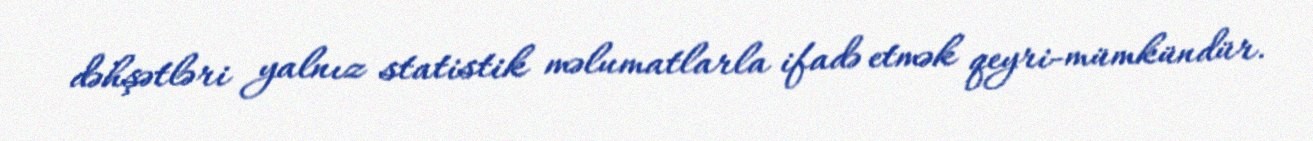
dəhşətləri yalnız statistik məlumatlarla ifadə etmək qeyri-mümkündür.